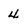
Character: 4